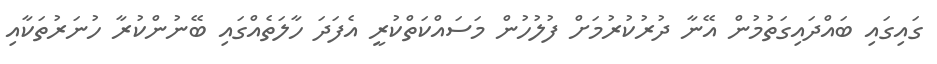
ގައިގައި ބައްދައިގަތުމުން އޭނާ ދުރުކުރުމަށް ފުލުހުން މަސައްކަތްކުރީ އެފަދަ ހާލަތެއްގައި ބޭނުންކުރާ ހުނަރުތަކާއި